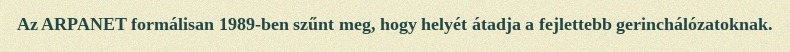
Az ARPANET formálisan 1989-ben szűnt meg, hogy helyét átadja a fejlettebb gerinchálózatoknak.